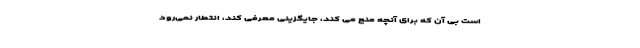
است بی آن که برای آنچه منع می کند، جایگزینی معرفی کند، انتطار نمی‌رود